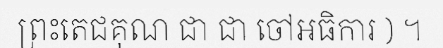
ព្រះតេជគុណ ជា ជា ចៅអធិការ ) ។